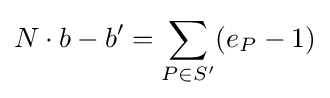
N\cdot b-b'=\sum _{P\in S'}(e_{P}-1)